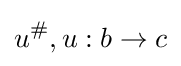
u^{\#},u:b\to c